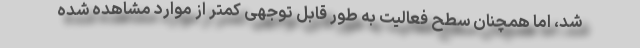
شد، اما همچنان سطح فعالیت به طور قابل توجهی کمتر از موارد مشاهده شده